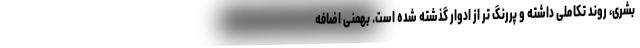
بشری، روند تکاملی داشته و پررنگ تر از ادوار گذشته شده است. بهمنی اضافه